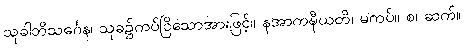
သုခါဘိသင်္ဂေန၊ သုခ၌ကပ်ငြိသောအားဖြင့်။ နအာကဍ္ဎီယတိ၊ မကပ်။ စ၊ ဆက်။